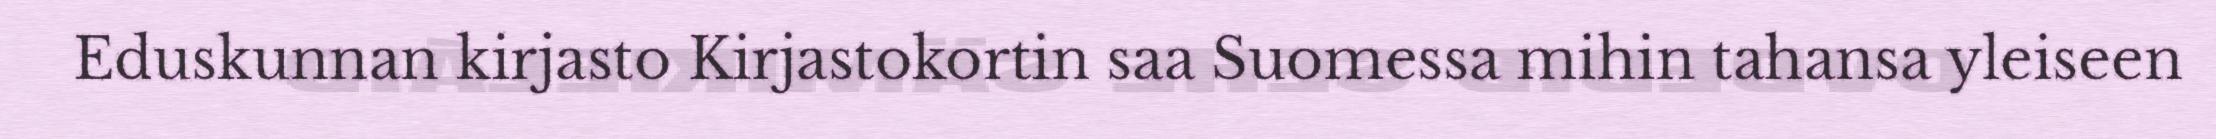
Eduskunnan kirjasto Kirjastokortin saa Suomessa mihin tahansa yleiseen